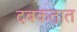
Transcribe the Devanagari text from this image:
दबकतात